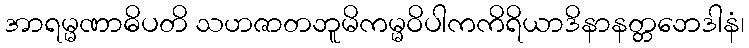
အာရမ္မဏာဓိပတိ သဟဇာတဘူမိကမ္မဝိပါကကိရိယာဒိနာနတ္တဘေဒါနံ၊